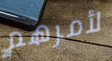
لأمرهم